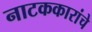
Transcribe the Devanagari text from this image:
नाटककारांचे